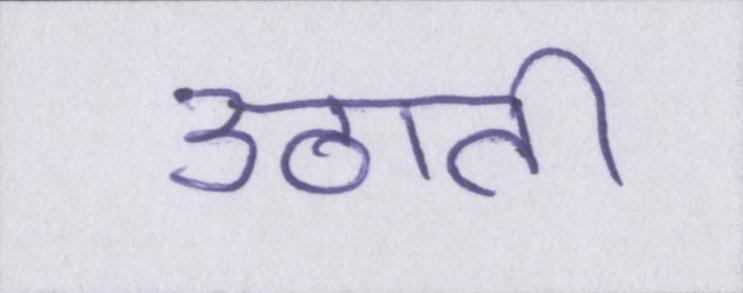
उठाती